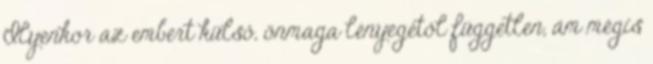
Ilyenkor az embert külső, önmaga lényegétől független, ám mégis